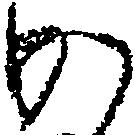
か